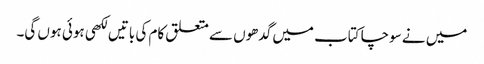
میں نے سوچا کتاب میں گدھوں سے متعلق کام کی باتیں لکھی ہوئی ہوں گی۔